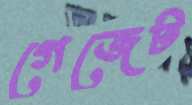
গেজেট